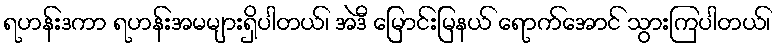
ရဟန်းဒကာ ရဟန်းအမများရှိပါတယ်၊ အဲဒီ မြောင်းမြနယ် ရောက်အောင် သွားကြပါတယ်၊